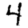
Digit: 4